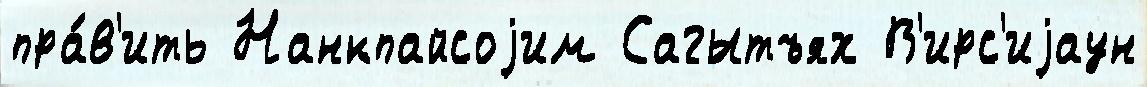
пра́в'ить Нанкпайсоjим Сагытъях В'ирс'иjаун